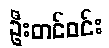
ဦးတင်ဝင်း